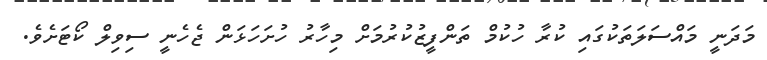
މަދަނީ މައްސަލަތަކުގައި ކުރާ ހުކުމް ތަންފީޒުކުރުމަށް މިހާރު ހުށަހަޅަން ޖެހެނީ ސިވިލް ކޯޓަށެވެ.